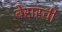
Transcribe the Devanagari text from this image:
बेरारची